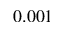
0 . 0 0 1